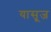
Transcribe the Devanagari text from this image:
यासूज